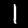
Digit: 1